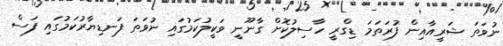
ނުވަތަ ޝަރީއާއިން ފުރަތަމަ ޑިގްރީ ހާސިލުކޮށް ގާނޫނީ ވަކީލުކަމުގައި ނުވަތަ ފަނޑިޔާރުކަމުގައި ފަސް